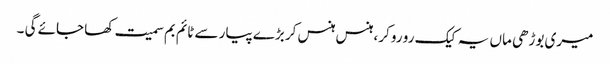
میری بوڑھی ماں یہ کیک رو رو کر، ہنس ہنس کر بڑے پیار سے ٹائم بم سمیت کھا جائے گی ۔